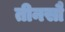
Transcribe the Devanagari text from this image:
तीनसौ